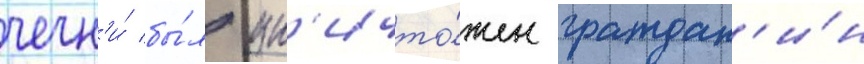
чечн'и́ бы́л ун'ичто́жен граждан'и́н